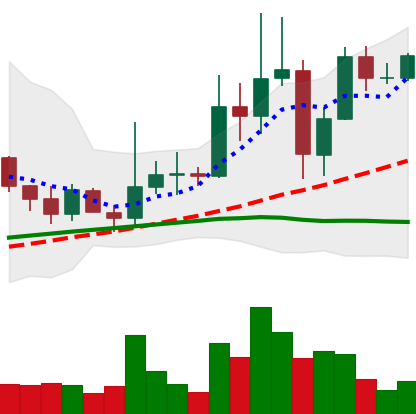
Ticker: XRP-USD
Chart end date: 2021-03-29
Forward return: 4.058%
Label: up_3_5